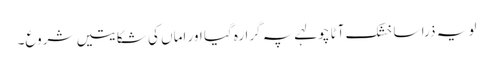
لو یہ ذرا سا خشک آٹا چولہے پہ گرا رہ گیا اور اماں کی شکایتیں شروع۔